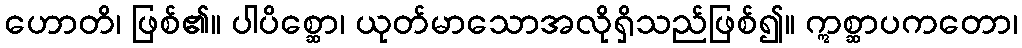
ဟောတိ၊ ဖြစ်၏။ ပါပိစ္ဆော၊ ယုတ်မာသောအလိုရှိသည်ဖြစ်၍။ ဣစ္ဆာပကတော၊